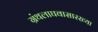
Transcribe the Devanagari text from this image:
ग्रंथलाघवासारख्या